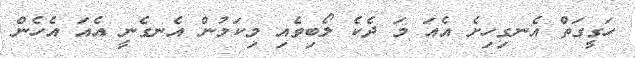
ހަގީގަތް އެނގިހިށެ އެއަ މަ ދެކެ ލޯބިވެއި މިކަމުން އެނގެނީ އެއަ އެހެން